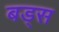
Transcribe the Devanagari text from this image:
बड्स